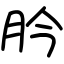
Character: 肣